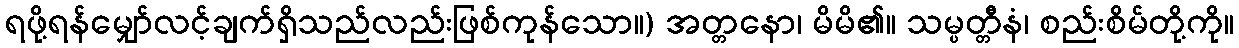
ရဖို့ရန်မျှော်လင့်ချက်ရှိသည်လည်းဖြစ်ကုန်သော။) အတ္တနော၊ မိမိ၏။ သမ္ပတ္တီနံ၊ စည်းစိမ်တို့ကို။